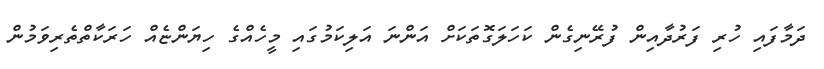
ދަމާފައި ހުރި ފަރުދާއިން ފުރޭނިގެން ކަހަލަގޮތަކަށް އަންނަ އަލިކަމުގައި މީހެއްގެ ހިޔަންޏެއް ހަރަކާތްތެރިވަމުން